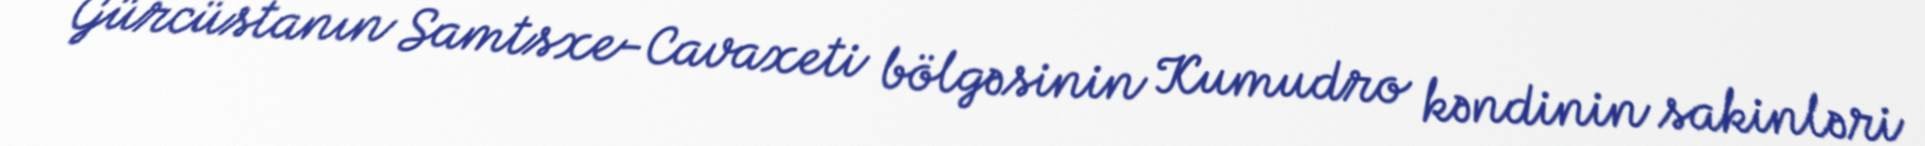
Gürcüstanın Samtsxe-Cavaxeti bölgəsinin Kumudro kəndinin sakinləri